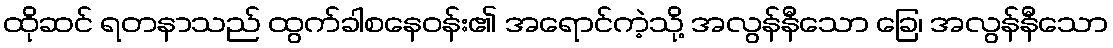
ထိုဆင် ရတနာသည် ထွက်ခါစနေဝန်း၏ အရောင်ကဲ့သို့ အလွန်နီသော ခြေ၊ အလွန်နီသော